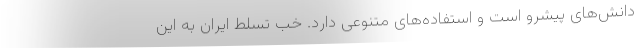
دانش‌های پیشرو است و استفاده‌های متنوعی دارد. خب تسلّط ایران به این